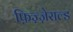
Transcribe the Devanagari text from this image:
फ़िज़्ज़ेराल्ड